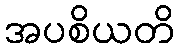
အပစိယတိ